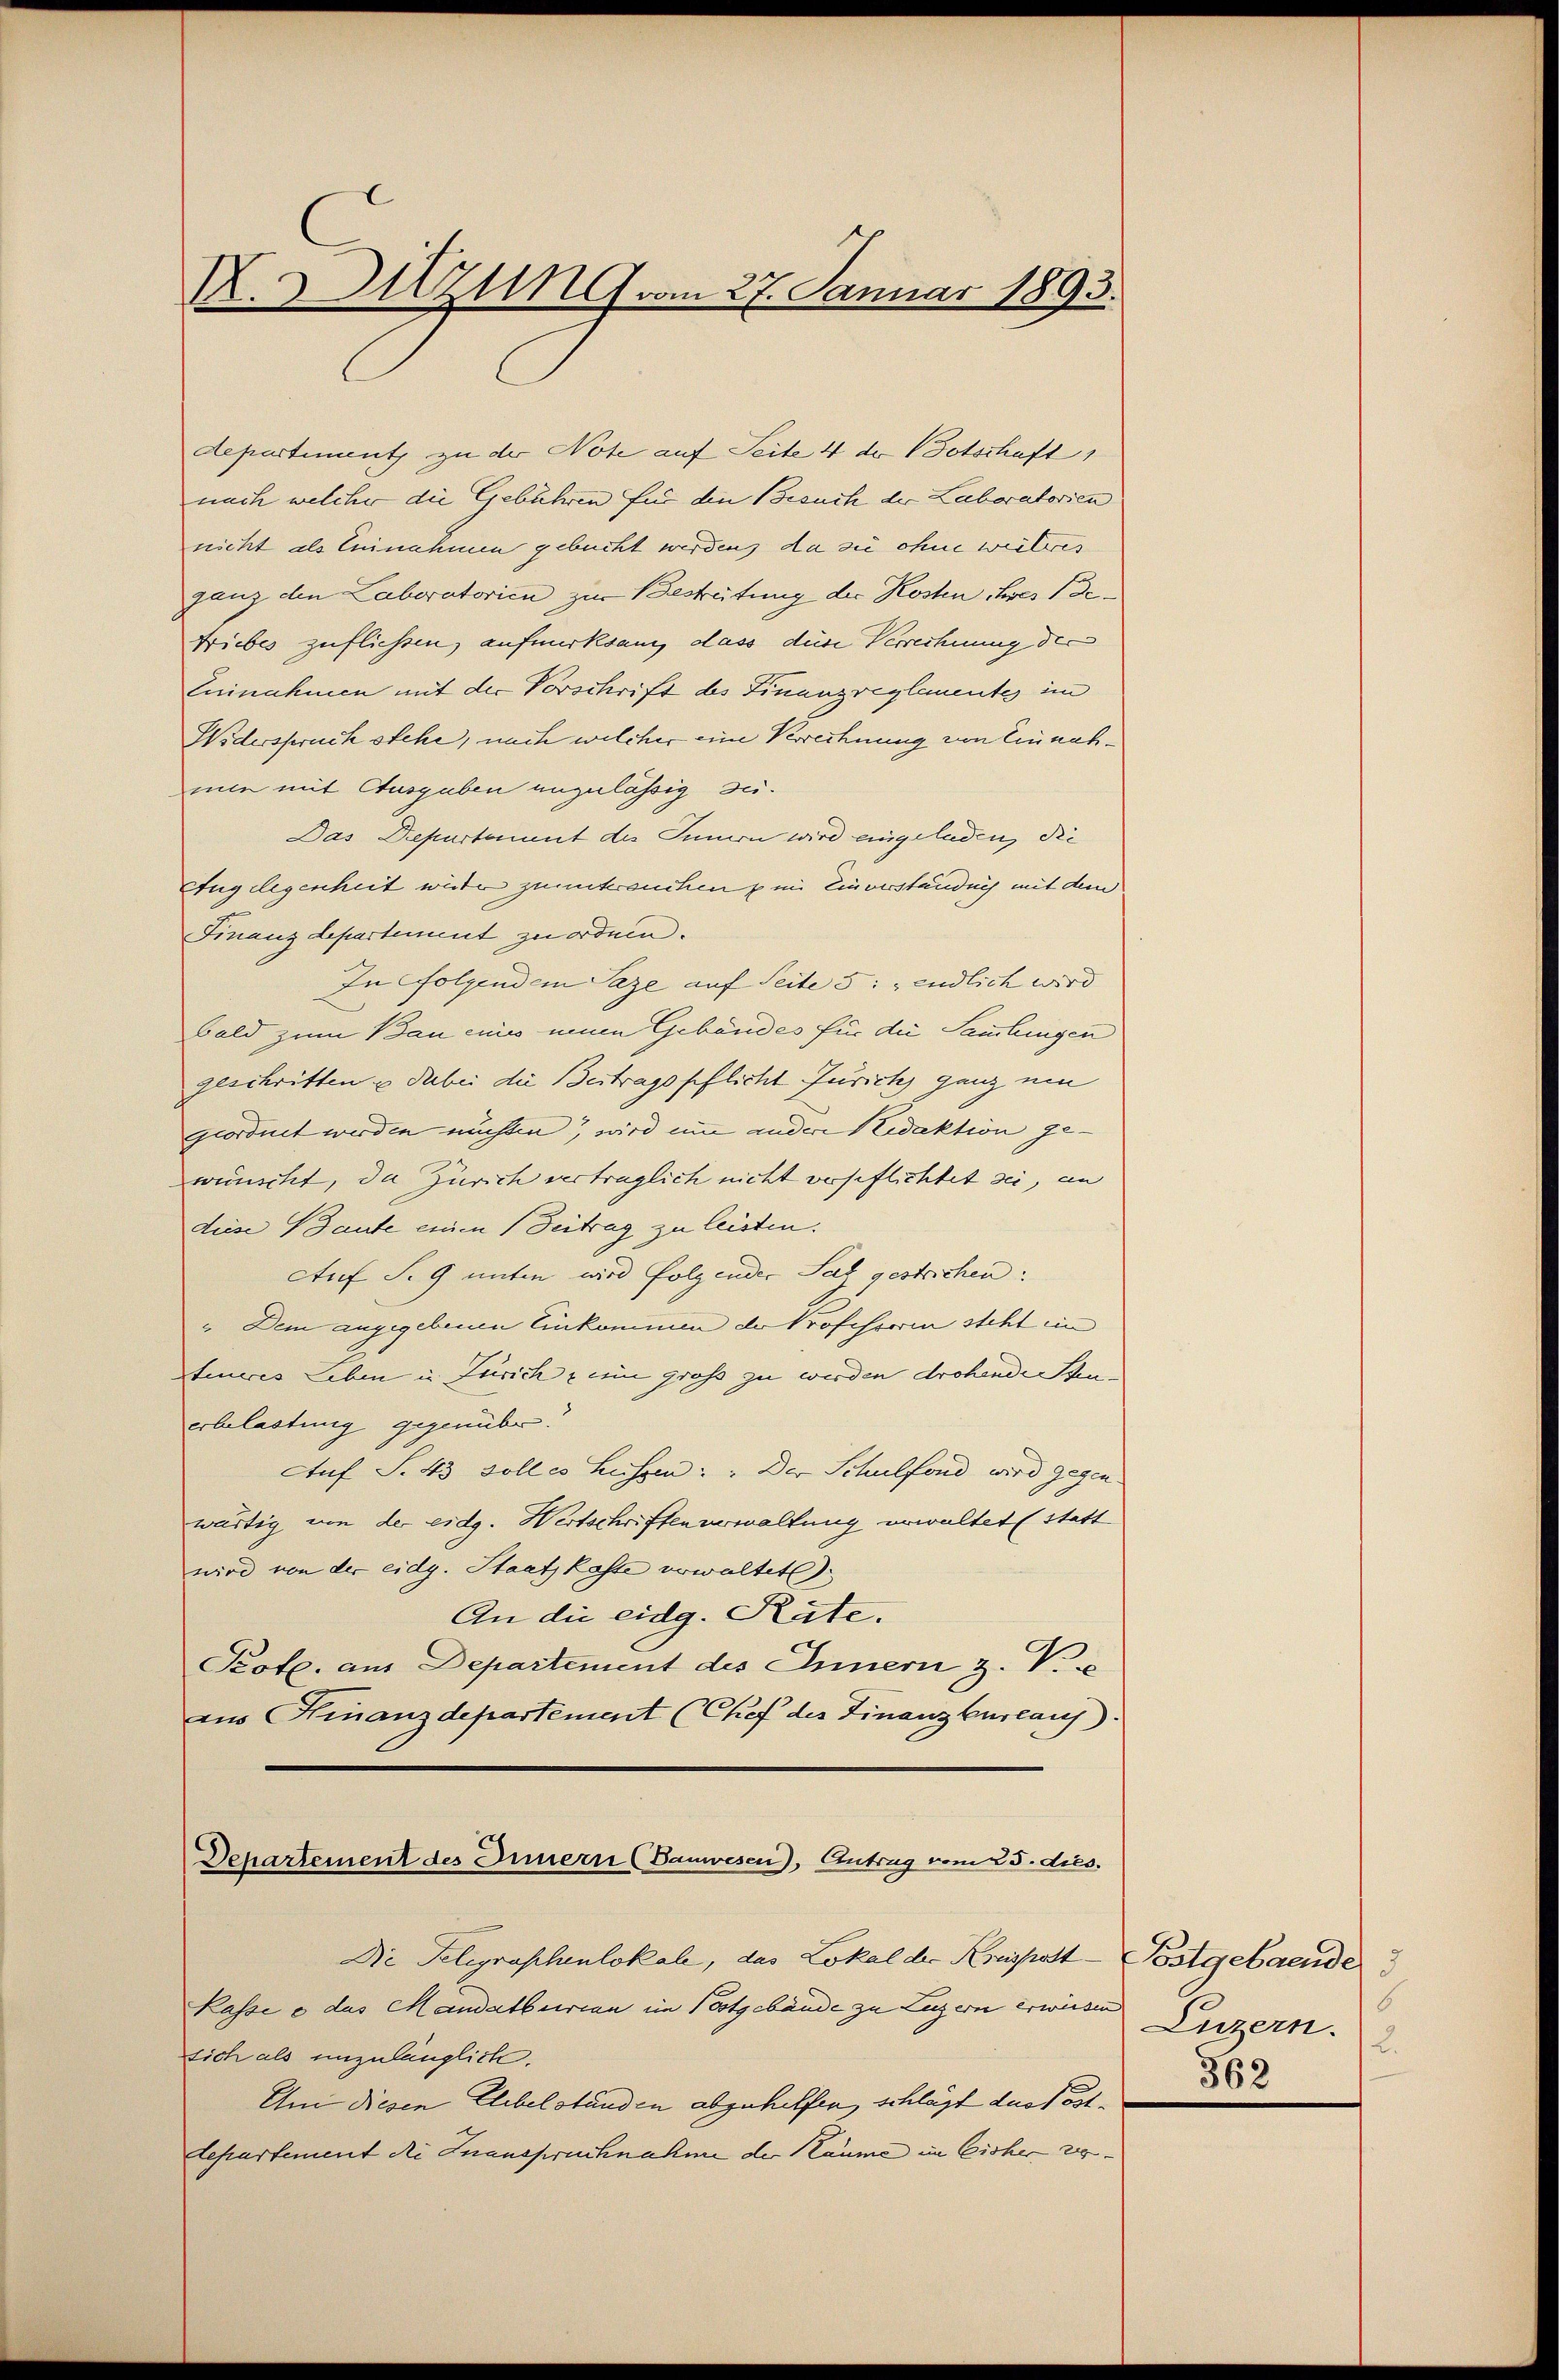
K.Sitzung vom 27. Januar 1893.

departiment zu der Note auf Seite 4 der Botschaft
nach welcher die Gebühren für den Besuch der Laboratorien
nicht als Einnahmen gebucht werden, da sie ohne weiteres
ganz den Laboratorien zur Bestretung der Kosten ihres Be¬
Triebes zuflichsen, aufmerksam, dass des Verechnung der
Eninahmen mit der Vorschrift des Finanzreglementes im
Widerspruch stehe, nach welcher eine Verrechnung von Einnahmie mit Ausgaben anzulässig zu.
Das Departement des Innern wird eingeladen, die
Angelegenheit witer zuerkranchen in Einverständung mit dem
Finanz Lepartement zu ordnen.
In folgendem Tage auf Seite 5: endlich wird
Bald zum Bau eines neuen Gebäudes für die Sammlungen
geschritten u dabei die Beitragspflicht Jurich ganz ein
geordnet werden möchten, wird um andere Redaktion gewünscht, da Zürich verträglich nicht verspflichtet sei, en
diese Baute einen Beitrag zu leisten.
Auf S. 9 unter wird folgender Satz gestrichen.
" Dem angegebenen Einkommen de Professorin steht ein
fineres Leben in Zürich, ein gross zu werden drohende Stuerbelastung gegenüber.
Auf S. 43 solles Hessen: „Der Schulfond wird gegen
wärtig von der eidg. Wertschriften verwaltung erwaltet (Statt
wird von der eidg. Staatskaste erwaltet.
An die eidg. Räte.
Prote. aus Departement des Innern z. V. C
ans Finanzdepartement (Chef des Finanz Eureaus
Departement des Innern (Banwesen), Antrag vom 25. dies.

Die Seligraphenlokale, das Lokal der Kreispatt-Postgebaeude
Kasse e das Mandatbureau im Postgebäude zu Luzern erwiesen
sich als unzulänglich.
Um diesen Elebelständen abzuhelfen, schlägt das Postdepartement die Inanspruchnahme der Räume im Eisher 20

6
Luzern.
2.
362